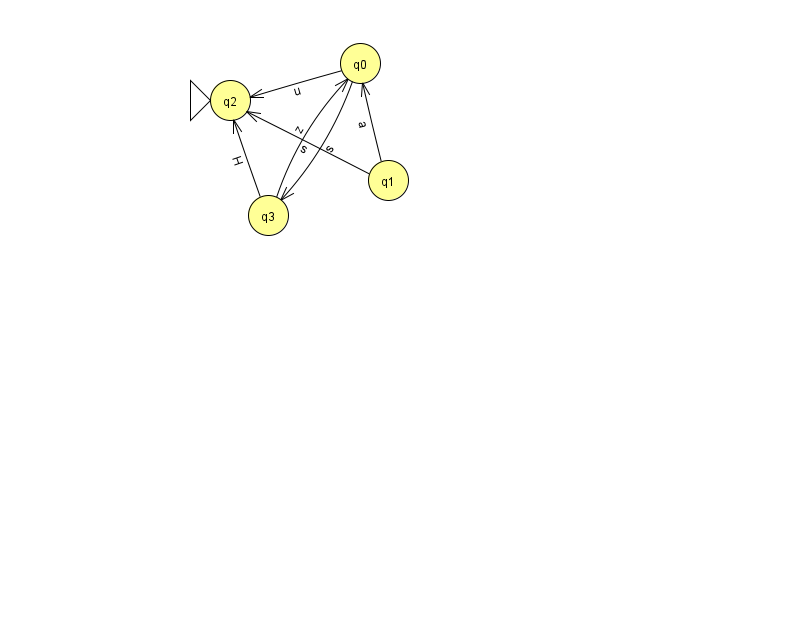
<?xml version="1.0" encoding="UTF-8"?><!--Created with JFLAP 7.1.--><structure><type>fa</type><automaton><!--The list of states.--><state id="0" name="q0"><x>360.0</x><y>50.0</y></state><state id="1" name="q1"><x>388.0</x><y>167.0</y></state><state id="2" name="q2"><x>230.0</x><y>87.0</y><initial/></state><state id="3" name="q3"><x>268.0</x><y>202.0</y></state><!--The list of transitions.--><transition><from>1</from><to>0</to><read>a</read></transition><transition><from>1</from><to>2</to><read>s</read></transition><transition><from>0</from><to>3</to><read>s</read></transition><transition><from>0</from><to>2</to><read>u</read></transition><transition><from>3</from><to>0</to><read>z</read></transition><transition><from>3</from><to>2</to><read>H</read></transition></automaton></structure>